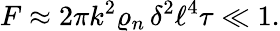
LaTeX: F\approx 2\pi k^{2}\varrho_{n}\, \delta^{2}\ell^{4}\tau\ll 1.